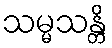
သမ္မသန္တိ